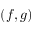
( f , g )